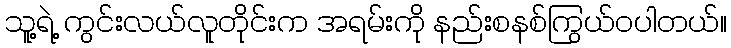
သူ့ရဲ့ ကွင်းလယ်လူတိုင်းက အရမ်းကို နည်းစနစ်ကြွယ်ဝပါတယ်။